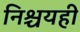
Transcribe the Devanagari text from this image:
निश्चयही